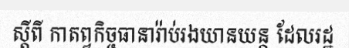
ស្តីពី កាតព្វកិច្ចធានារ៉ាប់រងយានយន្ត ដែលរដ្ឋ